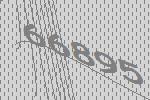
66895